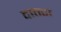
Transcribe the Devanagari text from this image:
दातरा